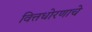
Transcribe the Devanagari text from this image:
वित्तधोरणाचे